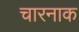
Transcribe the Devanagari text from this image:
चारनाक